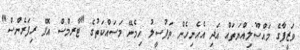
ވަޒީފާގެ މައްސޫލިއްޔަތައް އަދި އެހެނިހެން ތަފުސީލު ހިމެނޭ މަސައްކަތުގެ "ޓާރމްސް އޮފް ރިފަރެންސް"